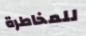
للمخاطرة